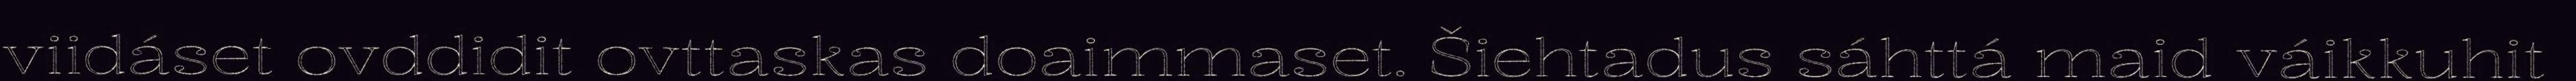
viidáset ovddidit ovttaskas doaimmaset. Šiehtadus sáhttá maid váikkuhit